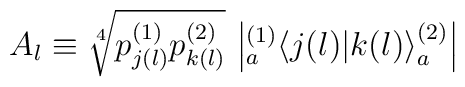
A_l \equiv  \sqrt[4]{p^{(1)}_{j(l)} p^{(2)}_{k(l)}}\,\left| { }^{(1)}_a \! \left\langle {j(l)}|{k(l)}\right\rangle^{(2)}_a \right|